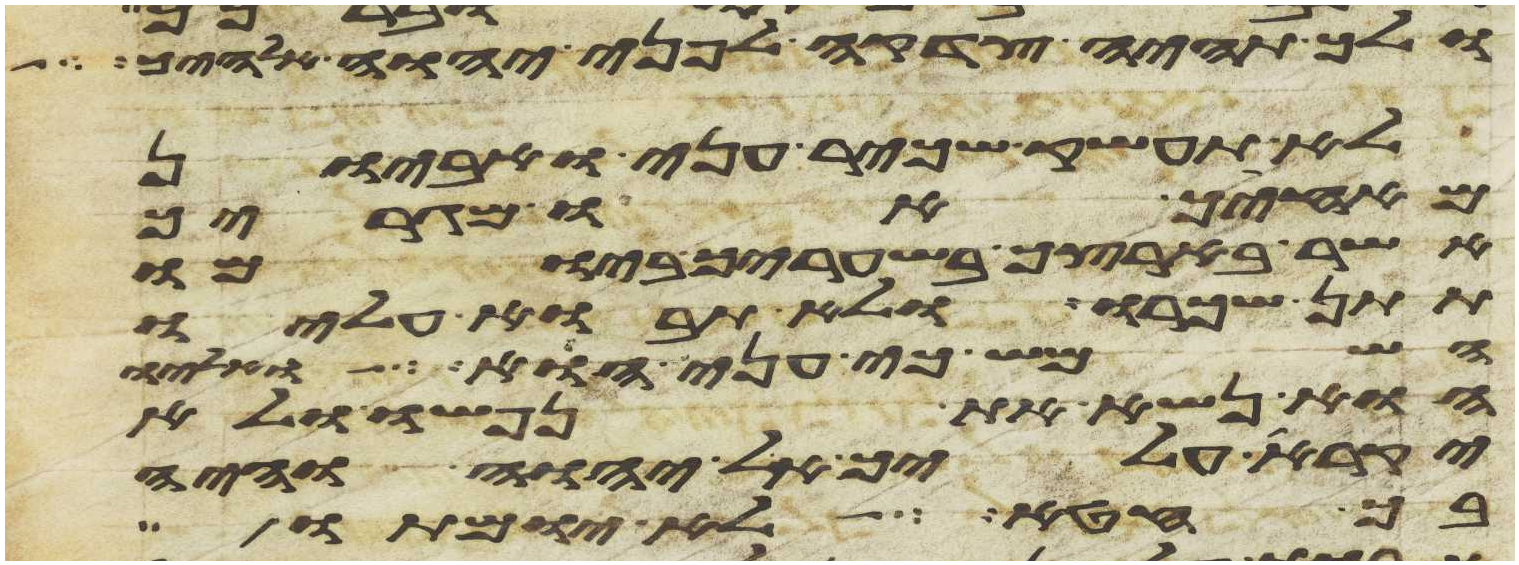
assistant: ולך תהיה צדקה לפני יהוה אלהיך
לא תעשק שכיר עני ואביון
מאחיך או מגרך
אשר בארצך בשעריך ביומו
תתן שכרו ולא תבוא עליו
השמש כי עני הוא ואליו
הוא נשא את נפשו ולא
יקרא עליך אל יהוה והיה
בך חטא לא יומתו